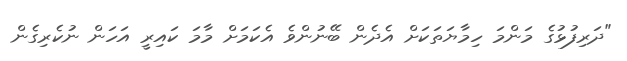
"ދަރިފުޅުގެ މަންމަ ހިމާޔަތަކަށް އެދެން ބޭނުންވެ އެކަމަށް މާމަ ކައިރީ އަހަން ނުކެރިގެން